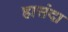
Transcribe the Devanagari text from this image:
हासंदा